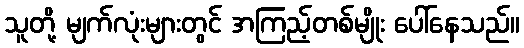
သူတို့ မျက်လုံးများတွင် အကြည့်တစ်မျိုး ပေါ်နေသည်။